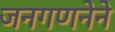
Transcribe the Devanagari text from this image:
जनगणनेने